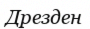
Дрезден